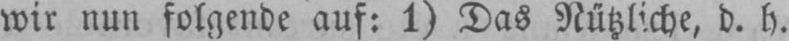
wir nun folgende auf: 1) Das Nützliche, d. h.